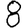
Digit: 8